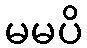
မမပိ